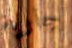
جارية